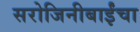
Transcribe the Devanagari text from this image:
सरोजिनीबाईंचा